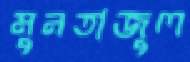
মুনতাজুল